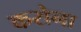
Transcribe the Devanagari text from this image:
करोना